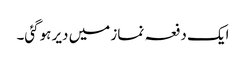
ایک دفعہ نماز میں دیر ہوگئی۔